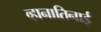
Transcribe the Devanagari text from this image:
व्हानातिनाई